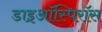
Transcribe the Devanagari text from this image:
डाइऑस्पिरॉस